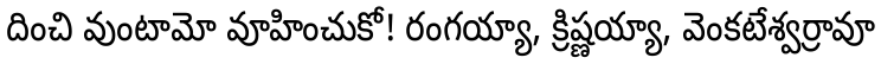
దించి వుంటామో వూహించుకో! రంగయ్యా, క్రిష్ణయ్యా, వెంకటేశ్వర్రావూ